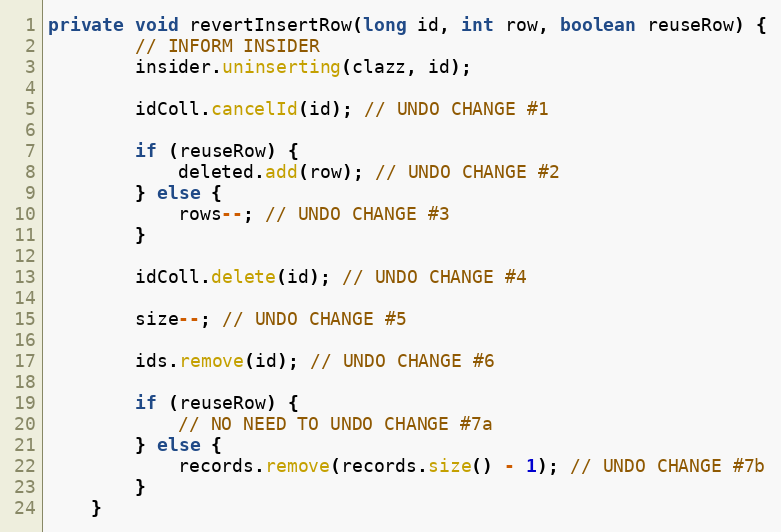
Language: Java
private void revertInsertRow(long id, int row, boolean reuseRow) {
		// INFORM INSIDER
		insider.uninserting(clazz, id);

		idColl.cancelId(id); // UNDO CHANGE #1

		if (reuseRow) {
			deleted.add(row); // UNDO CHANGE #2
		} else {
			rows--; // UNDO CHANGE #3
		}

		idColl.delete(id); // UNDO CHANGE #4

		size--; // UNDO CHANGE #5

		ids.remove(id); // UNDO CHANGE #6

		if (reuseRow) {
			// NO NEED TO UNDO CHANGE #7a
		} else {
			records.remove(records.size() - 1); // UNDO CHANGE #7b
		}
	}